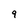
Character: 9